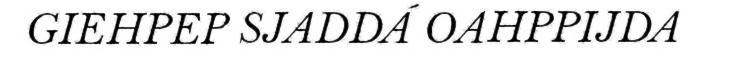
GIEHPEP SJADDÁ OAHPPIJDA